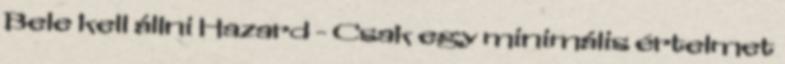
Bele kell állni Hazard - Csak egy minimális értelmet